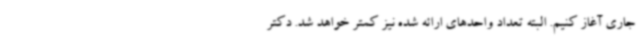
جاری آغاز کنیم. البته تعداد واحدهای ارائه شده نیز کمتر خواهد شد. دکتر